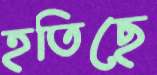
হতিছে